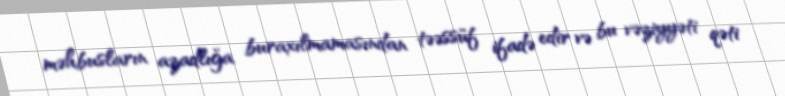
məhbusların azadlığa buraxılmamasından təəssüf ifadə edir və bu vəziyyəti qəti